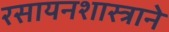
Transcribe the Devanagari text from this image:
रसायनशास्त्राने